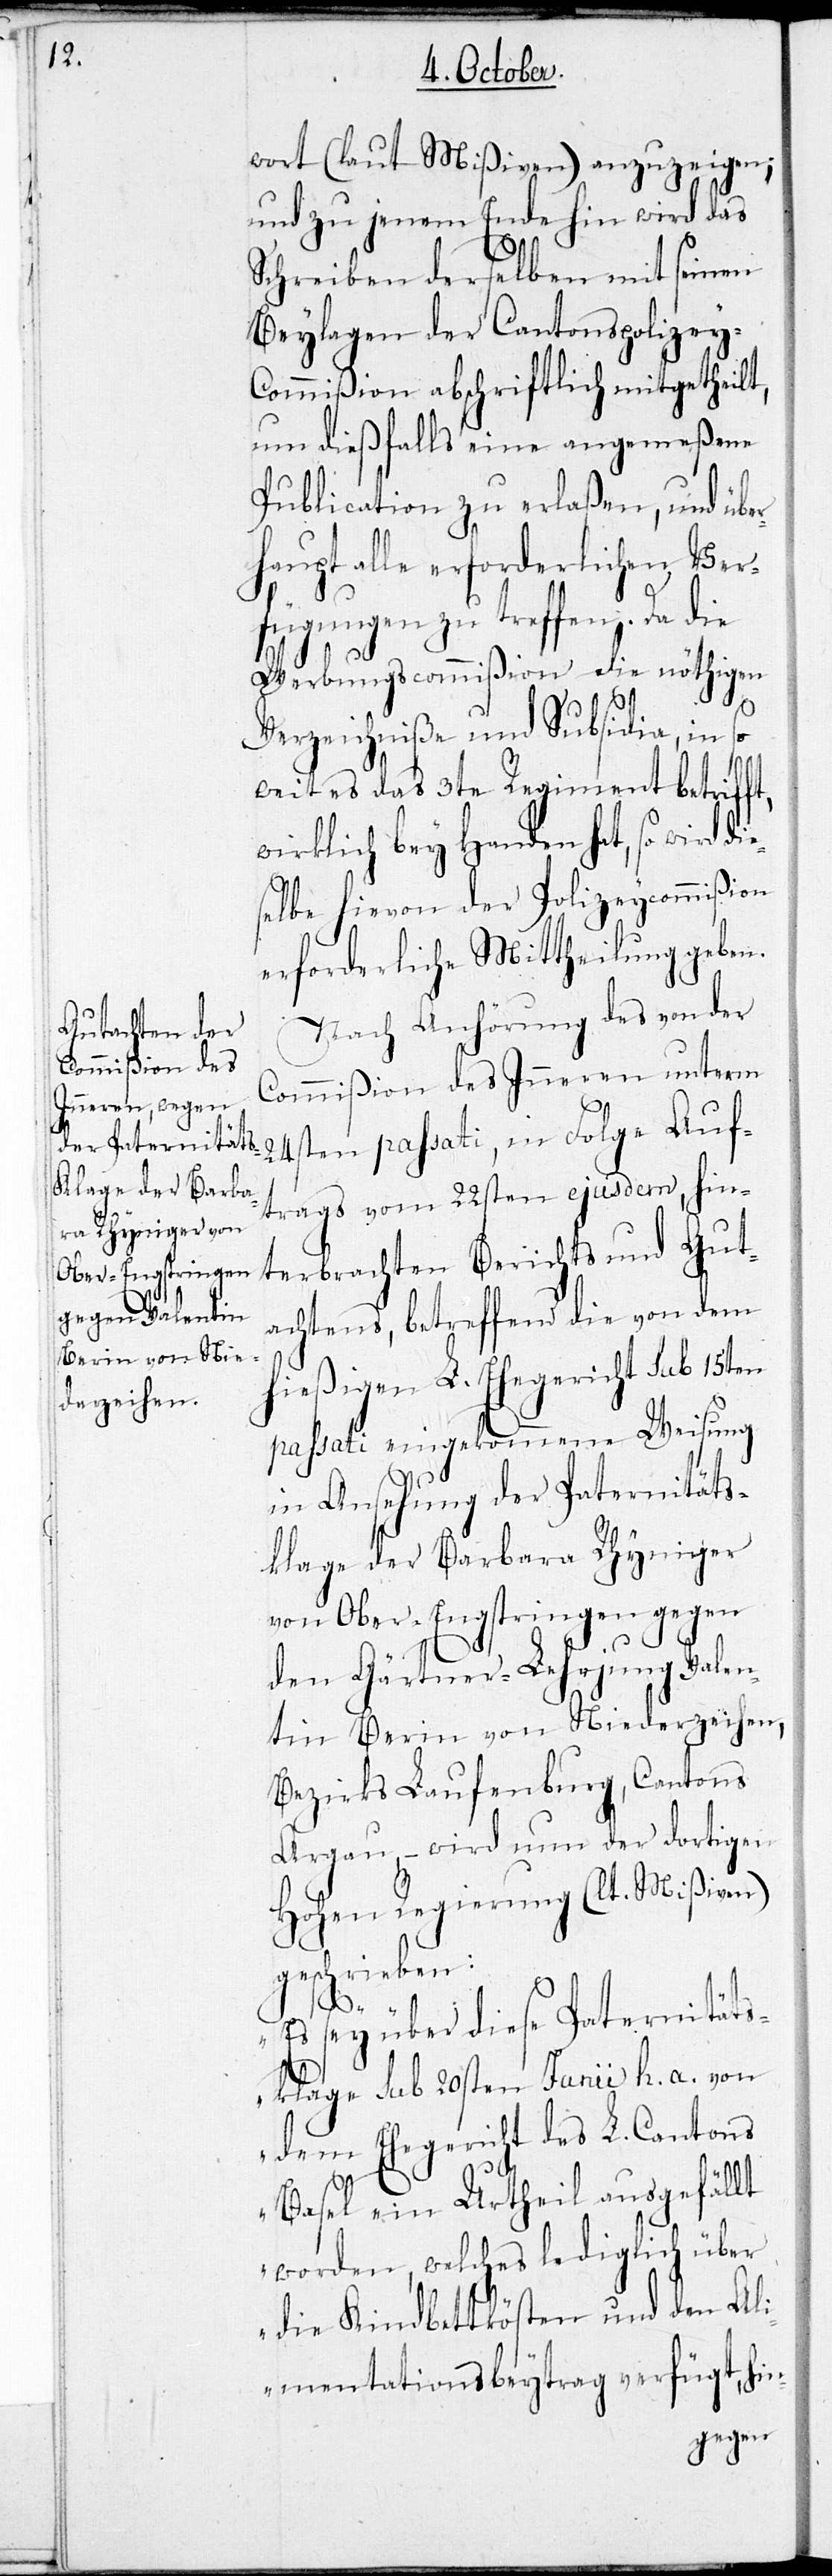
ie¬

wort (laut Mißiven) anzuzeigen;
und zu jenem Ende hin wird das
Schreiben derselben mit seinen
Beylagen der Cantonspolizey-C¬
ommißion abschriftlich mitgetheilt,
um dießfalls eine angemeßene
Publication zu erlaßen, und über¬
haupt alle erforderlichen Ver¬
fügungen zu treffen. Da die
Werbungscommißion die nöthigen
Verzeichniße und Subsidia, in so
weit es das 3te Regiment betrifft,
wirklich bey Handen hat, so wird d¬
selbe hievon der Polizeycommißion
erforderliche Mittheilung geben.
Nach Anhörung des von der
Commißion des Inneren unterm
24sten passati, in Folge Auf¬
trags vom 22sten ejusdem, hin¬
terbrachten Berichts und Gut¬
achtens, betreffend die von dem
hießigen L. Ehegericht sub 15ten
passati eingekommene Weisung
in Ansehung der Paternitäts¬
klage der Barbara Rhyniger
von Ober-Engstringen gegen
den Gärtner-Lehrjung Valen¬
tin Berin von Niederzeihen,
Bezirks Laufenburg, Cantons
Aargau, – wird nun der dortigen
Hohen Regierung (lt. Mißiven)
geschrieben:
„Es sey über diese Paternitäts¬
klage sub 20sten Junii h. a. von
dem Ehegericht des L. Cantons
Basel ein Urtheil ausgefällt
worden, welches lediglich über
die Kindbettkösten und den Al¬
imentationsbeytrag verfügt, hin-